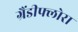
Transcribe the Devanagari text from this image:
ग्रैंडीफ्लोरा